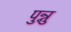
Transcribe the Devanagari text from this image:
पुन्नु